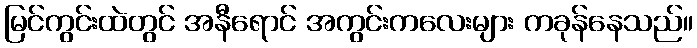
မြင်ကွင်းထဲတွင် အနီရောင် အကွင်းကလေးများ ကခုန်နေသည်။